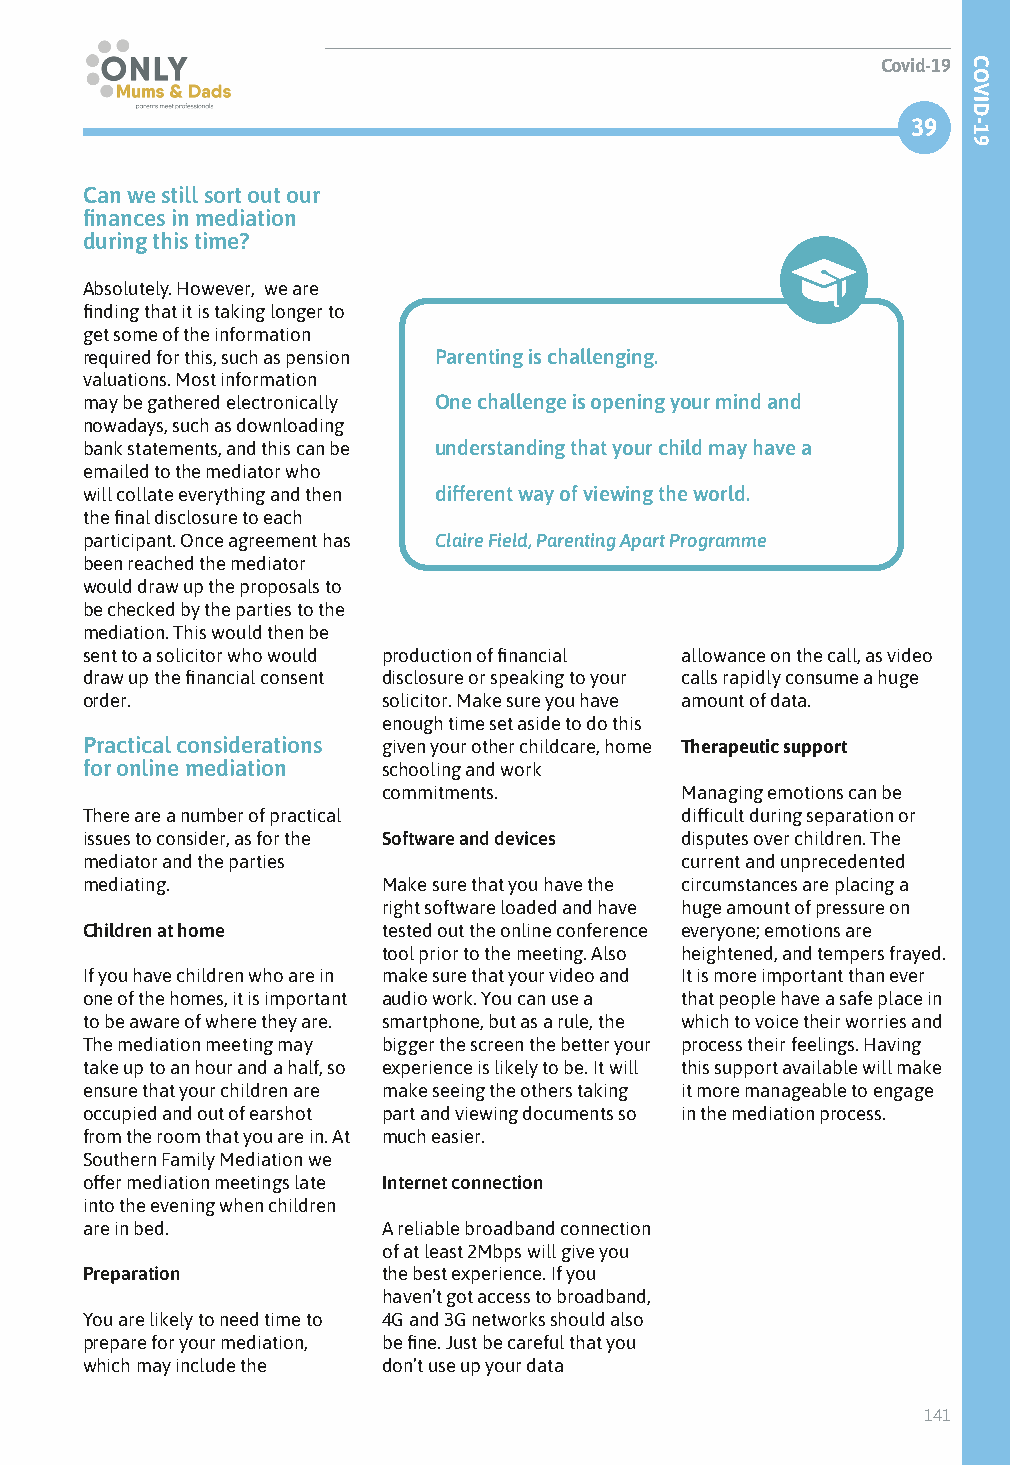
Covid-19
 39
 Can we still sort out our
 finances in mediation
 during this time?
 Absolutely. However, we are
 finding that it is taking longer to
 get some of the information
 required for this, such as pension Parenting is challenging.
 valuations. Most information
 may be gathered electronically One challenge is opening your mind and
 nowadays, such as downloading
 bank statements, and this can be understanding that your child may have a
 emailed to the mediator who
 will collate everything and then different way of viewing the world.
 the final disclosure to each
 participant. Once agreement has Claire Field, Parenting Apart Programme
 been reached the mediator
 would draw up the proposals to
 be checked by the parties to the
 mediation. This would then be
 sent to a solicitor who would production of financial allowance on the call, as video
 draw up the financial consent disclosure or speaking to your calls rapidly consume a huge
 order.              solicitor. Make sure you have amount of data.
 enough time set aside to do this
 Practical considerations given your other childcare, home Therapeutic support
 for online mediation schooling and work
 commitments.        Managing emotions can be
 There are a number of practical         difficult during separation or
 issues to consider, as for the Software and devices disputes over children. The
 mediator and the parties                current and unprecedented
 mediating.          Make sure that you have the circumstances are placing a
 right software loaded and have huge amount of pressure on
 Children at home    tested out the online conference everyone; emotions are
 tool prior to the meeting. Also heightened, and tempers frayed.
 If you have children who are in make sure that your video and It is more important than ever
 one of the homes, it is important audio work. You can use a that people have a safe place in
 to be aware of where they are. smartphone, but as a rule, the which to voice their worries and
 The mediation meeting may bigger the screen the better your process their feelings. Having
 take up to an hour and a half, so experience is likely to be. It will this support available will make
 ensure that your children are make seeing the others taking it more manageable to engage
 occupied and out of earshot part and viewing documents so in the mediation process.
 from the room that you are in. At much easier.
 Southern Family Mediation we
 offer mediation meetings late Internet connection
 into the evening when children
 are in bed.         A reliable broadband connection
 of at least 2Mbps will give you
 Preparation         the best experience. If you
 haven’t got access to broadband,
 You are likely to need time to 4G and 3G networks should also
 prepare for your mediation, be fine. Just be careful that you
 which may include the don’t use up your data
 141
 COVID-19